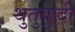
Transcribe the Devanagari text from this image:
थुतुकुदी